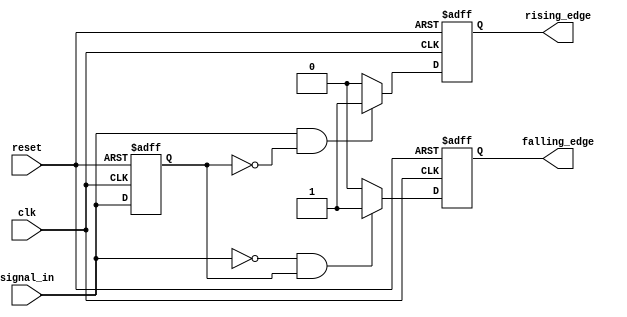
module differential_edge_detector (
    input wire clk,              // Clock signal
    input wire reset,            // Reset signal
    input wire signal_in,        // Input signal
    output reg rising_edge,      // Rising edge output
    output reg falling_edge      // Falling edge output
);

// Memory element to store the previous state of the input signal
reg previous_signal;

// Synchronous process for edge detection
always @(posedge clk or posedge reset) begin
    if (reset) begin
        // On reset, initialize outputs and previous signal
        previous_signal <= 1'b0;
        rising_edge <= 1'b0;
        falling_edge <= 1'b0;
    end else begin
        // Edge detection logic
        rising_edge <= 1'b0;      // Default to low
        falling_edge <= 1'b0;     // Default to low

        // Check for rising edge
        if (signal_in == 1'b1 && previous_signal == 1'b0) begin
            rising_edge <= 1'b1;   // Rising edge detected
        end

        // Check for falling edge
        if (signal_in == 1'b0 && previous_signal == 1'b1) begin
            falling_edge <= 1'b1;  // Falling edge detected
        end

        // Update the previous signal state
        previous_signal <= signal_in;
    end
end

endmodule